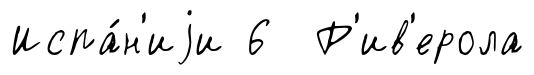
Испа́н'иjи 6 Р'ив'ерола